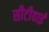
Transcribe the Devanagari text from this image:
सीटीवाई